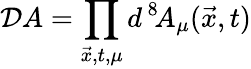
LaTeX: {\cal D}A=\prod_{\vec{x},t,\mu}d^{\, 8}\! A_{\mu}(\vec{x},t)